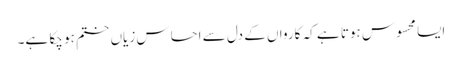
ایسا محسوس ہوتا ہے کہ کارواں کے دل سے احساس زیاں ختم ہو چکا ہے۔